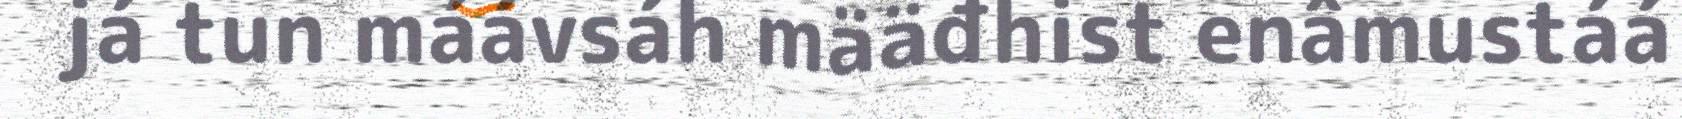
já tun máávsáh määđhist enâmustáá